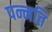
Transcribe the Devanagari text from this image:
पन्नति